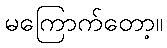
မကြောက်တော့။